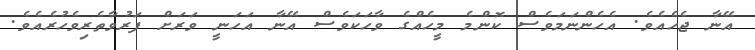
އޭނާ ޖެހެއެވެ. އެހެންނަމަވެސް ކޮންމެ މީހެއްގެ ވާހަކަވެސް އޭނާ އަހަނީ ވަރަށް ފަރުވާތެރިވެހުރެއެވެ.